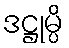
ဒဋ္ဌုမ္ပိ